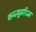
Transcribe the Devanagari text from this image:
कन्ज्यूमरिज्म